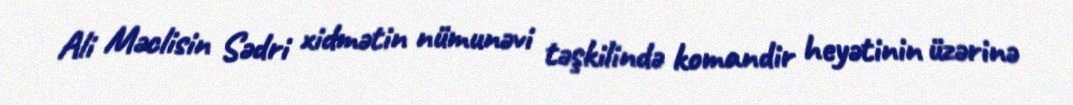
Ali Məclisin Sədri xidmətin nümunəvi təşkilində komandir heyətinin üzərinə